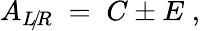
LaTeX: A_{L\! /\! R}\; =\; C\pm E\; ,